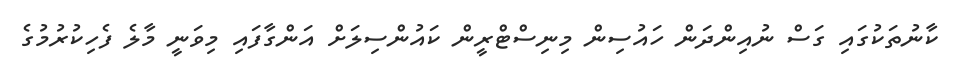
ކާނުތަކުގައި ގަސް ނުއިންދަން ހައުސިން މިނިސްޓްރީން ކައުންސިލަށް އަންގާފައި މިވަނީ މާލެ ފެހިކުރުމުގެ